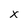
Character: X